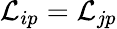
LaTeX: {\cal L}_{ip}={\cal L}_{jp}